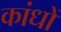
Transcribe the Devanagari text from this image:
कांधों